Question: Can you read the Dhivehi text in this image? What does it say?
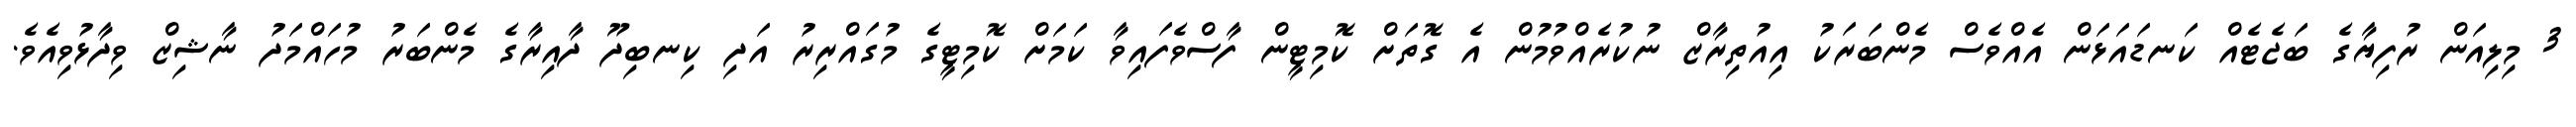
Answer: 3 މިލިއަން ރުފިޔާގެ ބަޖެޓެއް ކަނޑައަޅަން އެއްވެސް މެންބަރަކު އިއުތިރާޒް ނުކުރެއްވުމުން އެ ގޮތަށް ކޮމިޓީން ފާސްވެފައިވާ ކަމަށް ކޮމިޓީގެ މުގައްރިރު އަދި ކިނބިދޫ ދާއިރާގެ މެންބަރު މުހައްމަދު ނާޝިޒް ވިދާޅުވިއެވެ.